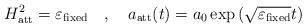
LaTeX: \begin{align*} H_{\rm att}^2=\varepsilon_{\rm fixed}\quad ,\quad a_{\rm att}(t)=a_{0}\exp\left(\sqrt{\varepsilon_{\rm fixed}}t\right)\end{align*}